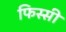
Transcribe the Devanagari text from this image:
फिस्सी